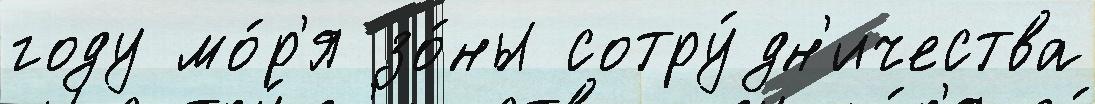
году мо́р'я зо́ны сотру́дн'ичества